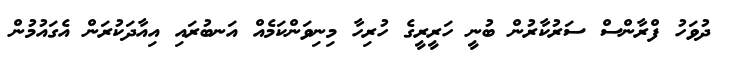
ދުވަހު ފްރާންސް ސަރުކާރުން ބުނީ ހަރީރީގެ ހުރިހާ މިނިވަންކަމެއް އަނބުރައި އިއާދަކުރަން އެގައުމުން